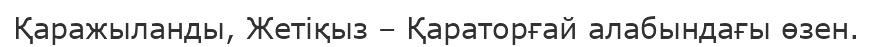
Қаражыланды, Жетіқыз – Қараторғай алабындағы өзен.